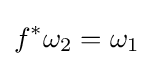
f^{*}\omega _{2}=\omega _{1}